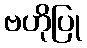
ဗဟိုပြု